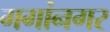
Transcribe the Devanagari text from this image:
गगांनगर